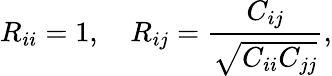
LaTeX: R_{ii}=1,\quad R_{ij}=\frac{C_{ij}}{\sqrt{C_{ii}C_{jj}}},